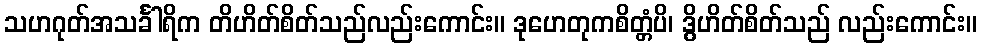
သဟဂုတ်အသင်္ခါရိက တိဟိတ်စိတ်သည်လည်းကောင်း။ ဒုဟေတုကစိတ္တံပိ၊ ဒွိဟိတ်စိတ်သည် လည်းကောင်း။